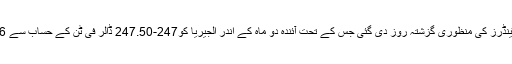
سودے سے واقف یورپی تجارتی ذریعے کے مطابق گندم کے ترسیلی ٹینڈرز کی منظوری گزشتہ روز دی گئی جس کے تحت آئندہ دو ماہ کے اندر الجیریا کو247-247.50 ڈالر فی ٹن کے حساب سے 6 لاکھ ٹن گندم فراہم کی جائے گی جس میں فریٹ چارجز بھی شامل ہیں۔